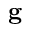
\mathbf { g }